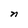
Character: n